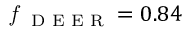
\textit { f } \textsubscript { D E E R } = 0 . 8 4